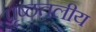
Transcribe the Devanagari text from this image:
पृष्ठतलीय